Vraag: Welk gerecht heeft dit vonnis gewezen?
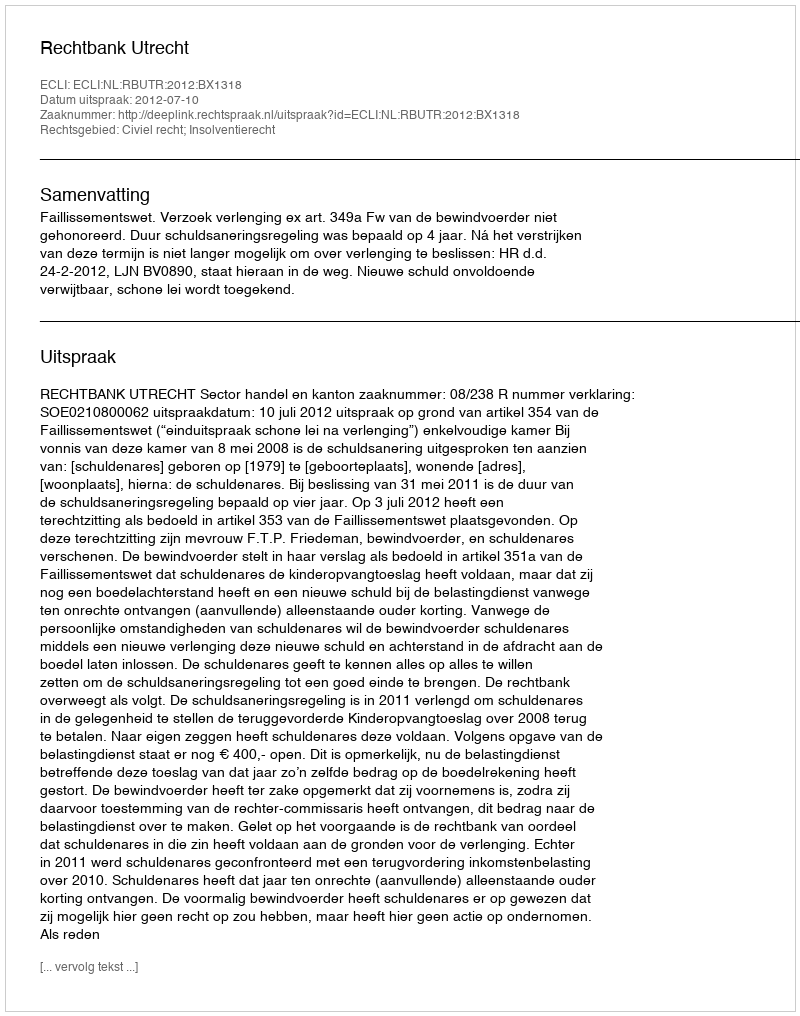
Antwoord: Rechtbank Utrecht